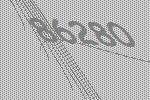
86280